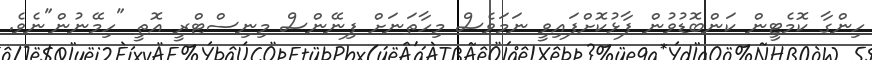
ހިންގާ ކޮމެޓީން ކަންބޮޑުވުން ފާޅުކޮށްފައިވީ ނަމަވެސް މިހާތަނަށް ފިނޭންސް މިނިސްޓްރީ އޮތީ "ހިމޭނުން"ނެވެ.